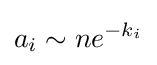
a_{i}\sim ne^{-k_{i}}